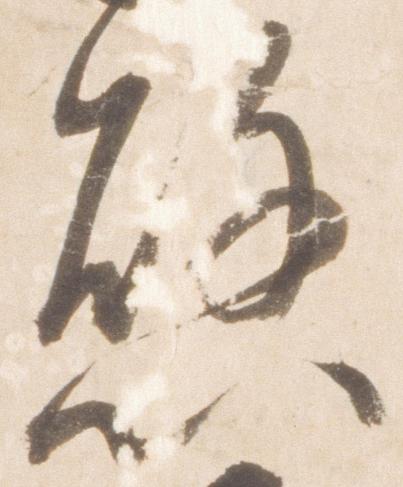
懸